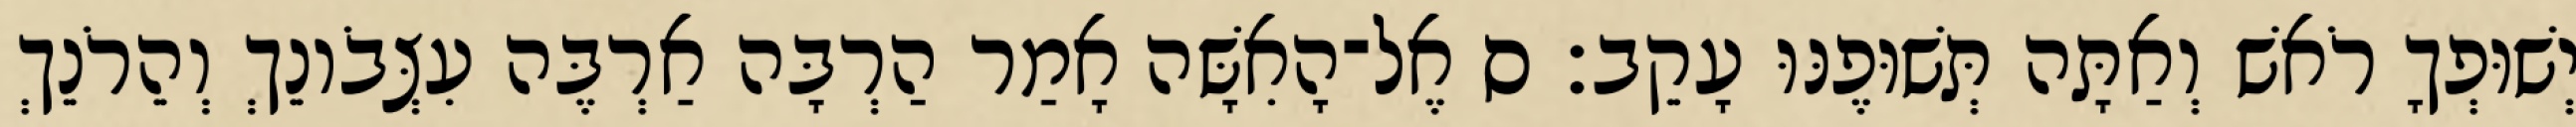
יְשׁוּפְךָ רֹאשׁ וְאַתָּה תְּשׁוּפֶנּוּ עָקֵב׃ ס אֶל־הָאִשָּׁה אָמַר הַרְבָּה אַרְבֶּה עִצְּבֹונֵךְ וְהֵרֹנֵךְ